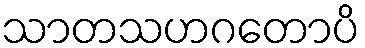
သာတသဟဂတောပိ